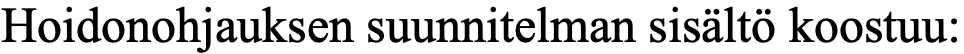
Hoidonohjauksen suunnitelman sisältö koostuu: